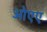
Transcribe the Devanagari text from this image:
ओएए